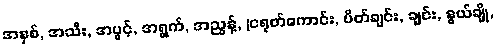
အနှစ်, အသီး, အပွင့်, အရွက်, အညွန့်, (ငရုတ်ကောင်း, ပိတ်ချင်း, ချင်း, နွယ်ချို,